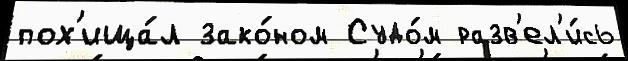
пох'ища́л зако́ном Судо́м разв'ел'и́сь